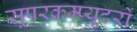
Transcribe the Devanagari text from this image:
सूपरकम्प्यूटरों